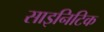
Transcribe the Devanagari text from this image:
साइनिटिक